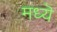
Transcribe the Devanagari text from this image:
मध्यॆ